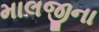
માલજીના